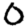
Digit: 0